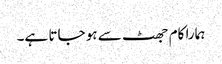
ہمارا کام جھٹ سے ہو جاتا ہے۔